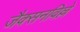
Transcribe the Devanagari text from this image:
जैक्सनविल्ले